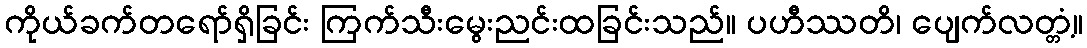
ကိုယ်ခက်တရော်ရှိခြင်း ကြက်သီးမွေးညင်းထခြင်းသည်။ ပဟီဿတိ၊ ပျေက်လတ္တံ့။